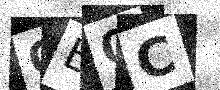
Text: 0E0C